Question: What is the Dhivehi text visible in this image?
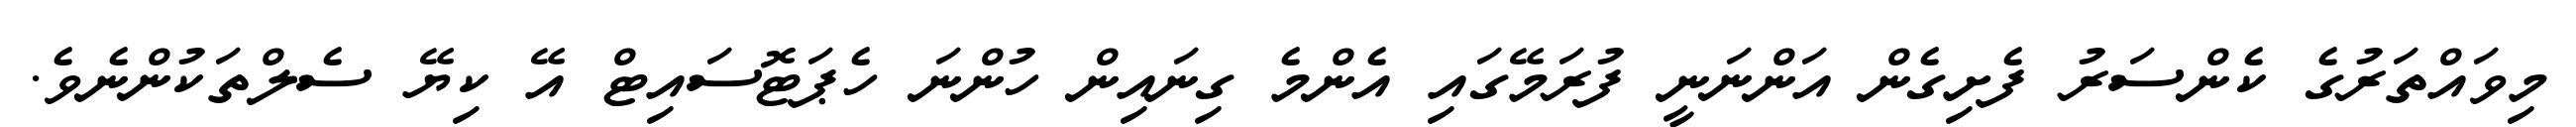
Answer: މިވައްތަރުގެ ކެންސަރު ފެށިގެން އަންނަނީ ފުރަމޭގައި އެންމެ ގިނައިން ހުންނަ ހެޕަޓޮސައިޓް އޭ ކިޔޭ ސެލްތަކުންނެވެ.